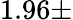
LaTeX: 1.96\pm